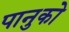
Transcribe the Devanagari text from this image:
पानुको